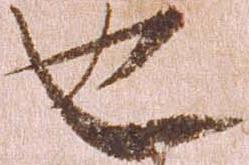
也